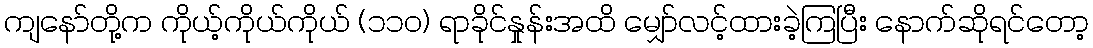
ကျနော်တို့က ကိုယ့်ကိုယ်ကိုယ် (၁၁၀) ရာခိုင်နှုန်းအထိ မျှော်လင့်ထားခဲ့ကြပြီး နောက်ဆိုရင်တော့